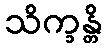
သိက္ခန္တိ